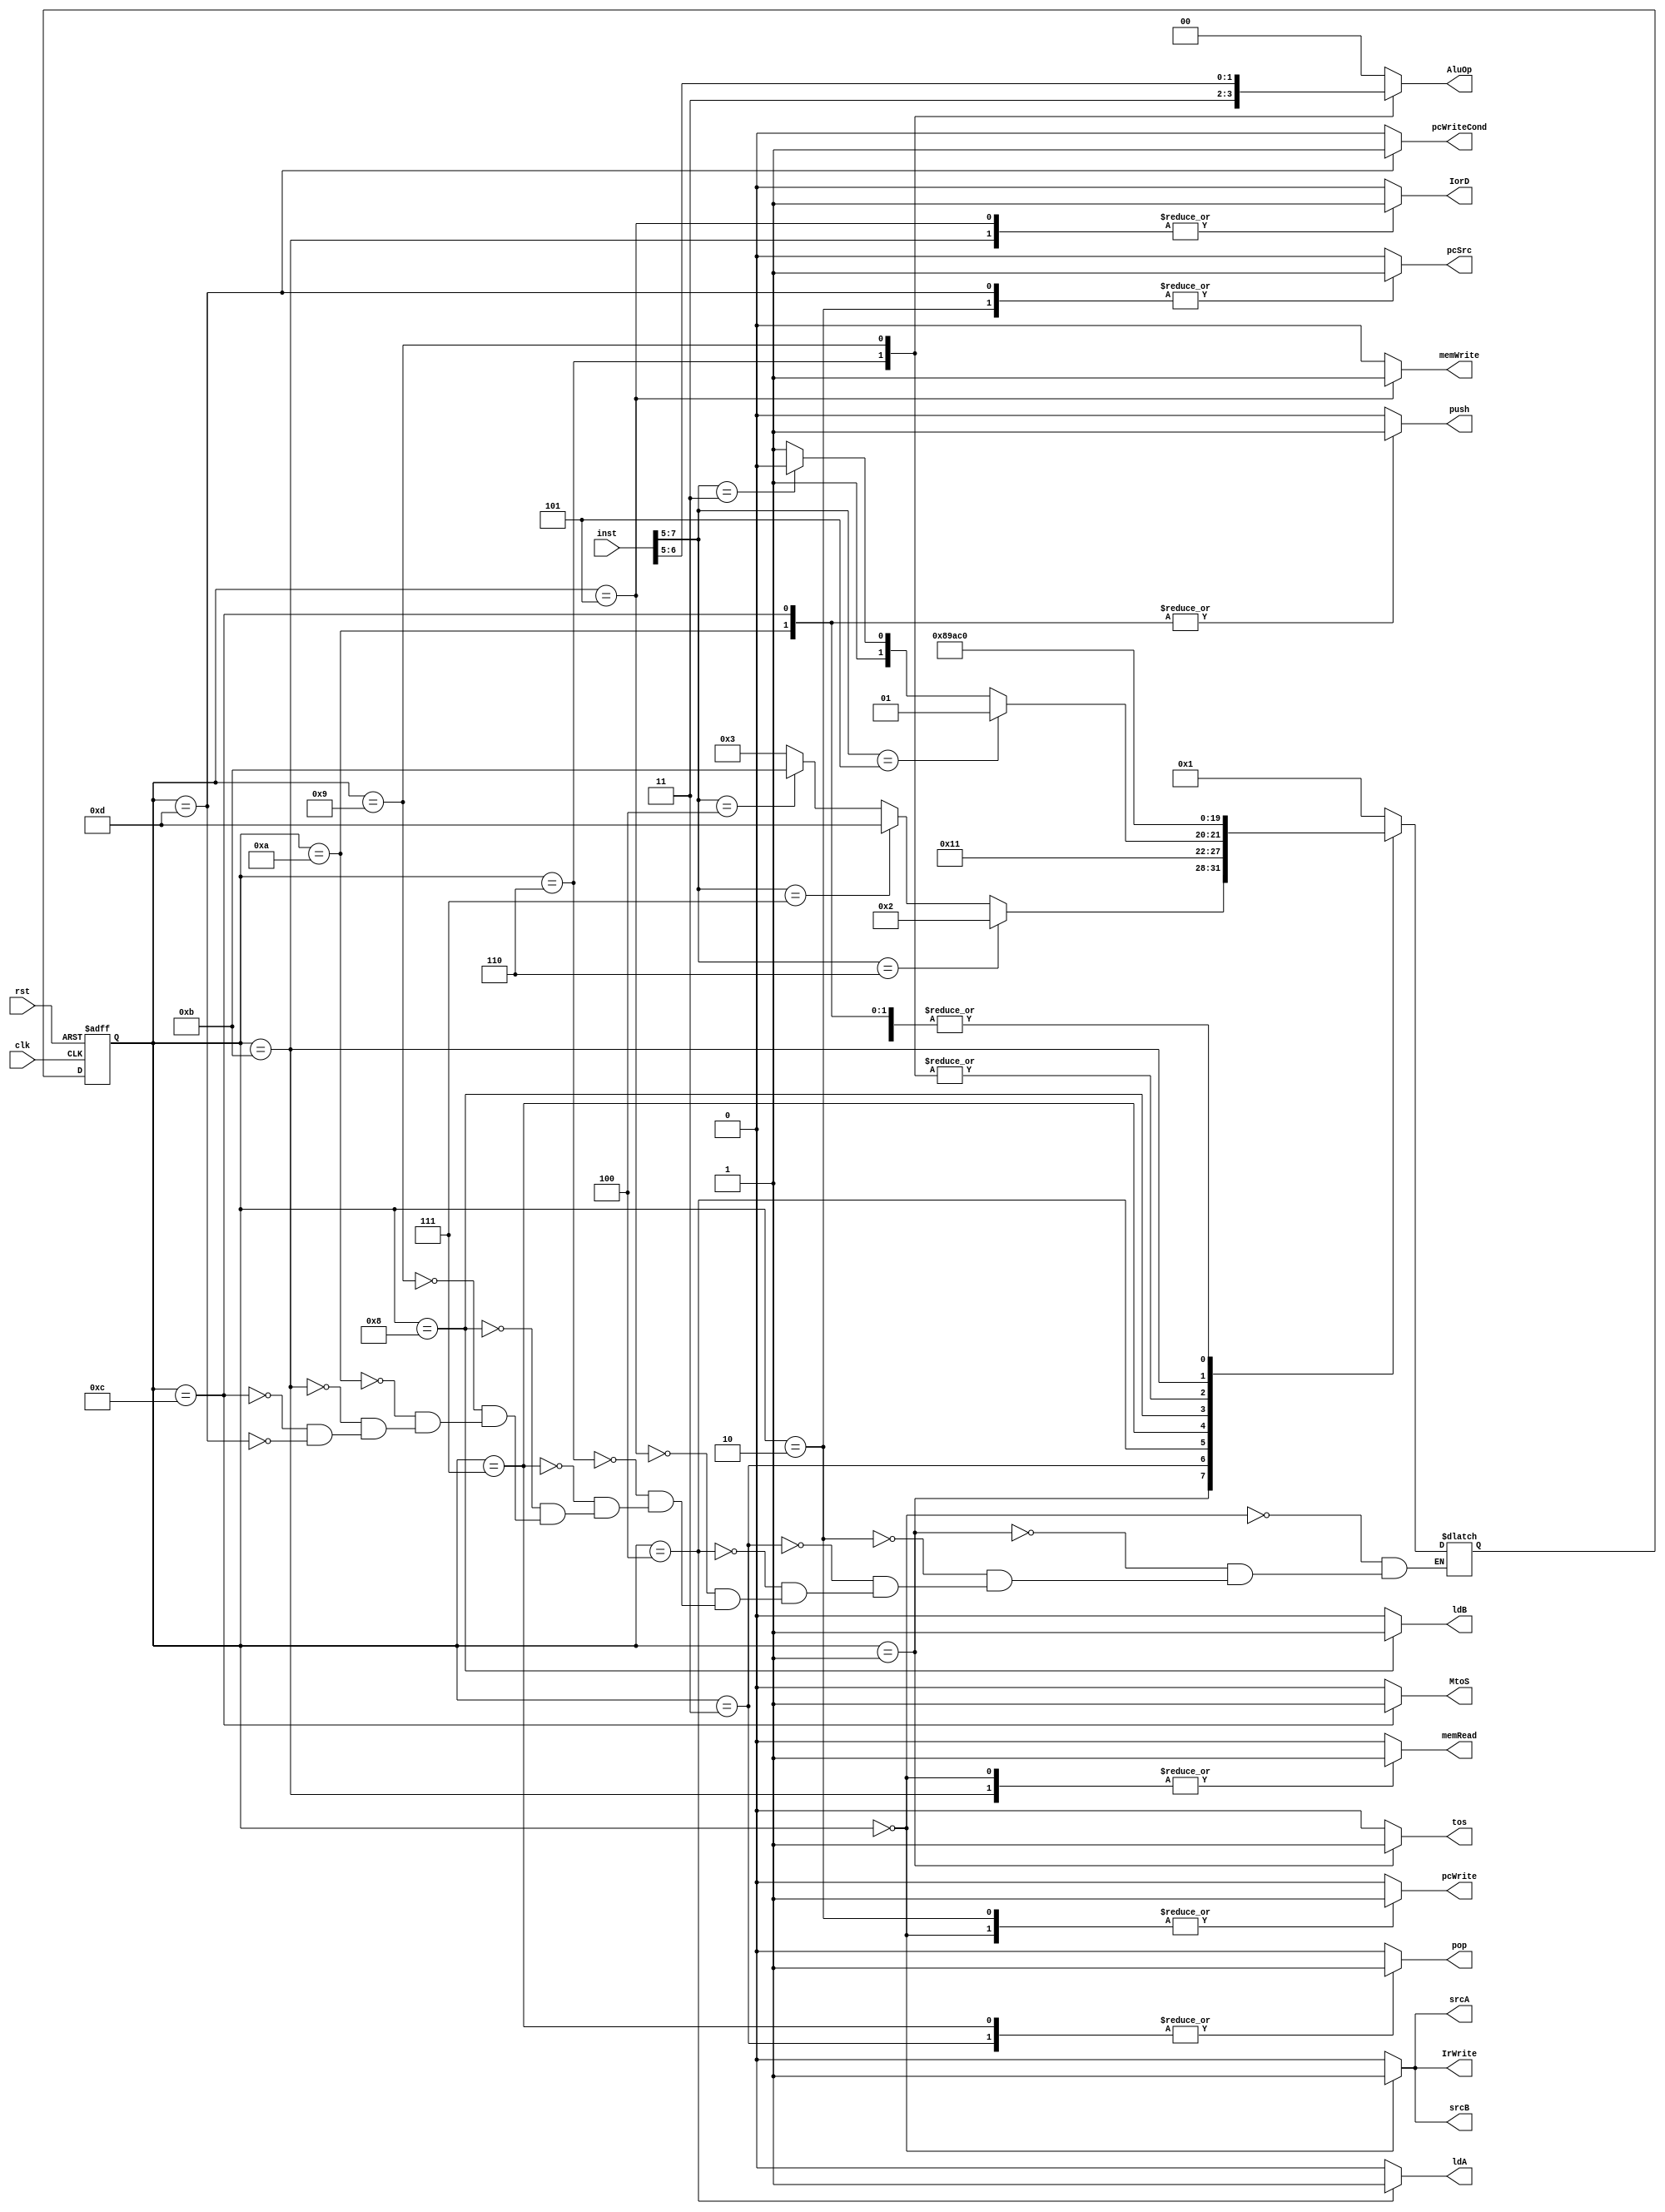
`timescale 1ns/1ns
module control(input clk, rst, input[7:0] inst, output reg pcWrite, pcWriteCond, pcSrc, IorD, memRead, memWrite, IrWrite, MtoS, ldA, ldB, srcA, srcB, push, pop, tos, output reg [1:0] AluOp);       
reg [3:0] ns,ps;
wire [2:0] opcode;
assign opcode = inst[7:5];
always@(posedge clk, posedge rst) begin
  if (rst) ps <= 0;
  else
   ps <= ns;
end

always@(ps)
begin
  {pcWrite, pcWriteCond, pcSrc, IorD, memRead, memWrite, IrWrite, MtoS, ldA, ldB, srcA, srcB, push, pop, tos} = 0;
  AluOp <= 2'b00;
  case(ps)
    0:begin
      IorD <= 0;
      srcA <= 1;
      srcB <= 1;
      AluOp <= 2'b0;
      pcSrc <= 0;
      pcWrite <= 1;
      memRead <= 1;
      IrWrite <= 1;
    end
    
    1: begin
     tos <= 1;
    end
    
    2:begin 
      pcSrc <= 1;
      pcWrite <= 1;
    end
      
    3: begin
      pop <= 1;
    end
    
    4: begin
      ldA <= 1;
    end
    
    5: begin
      IorD <= 1;
      memWrite <= 1;
    end
    
    6: begin
      AluOp <= 2'b11;
    end
    
    7: begin
      pop <= 1;
    end
    
    8: begin
      ldB <= 1;
    end
    
    9: begin 
      AluOp <= inst[6:5];
    end
    
    10:begin
      push <= 1;
    end
    
    11: begin
      IorD <= 1;
      memRead <= 1;
    end
    
    12: begin
      MtoS <= 1;
      push <= 1;
    end
    
    13: begin
      pcWriteCond <= 1;
      pcSrc <= 1;
    end
    
  endcase
end

always@(ps,opcode)
begin
  case(ps)
    0: ns <= 1;
    1: ns <= (opcode == 3'b110) ? 2 : (opcode == 3'b111 ? 13 : (opcode == 3'b100 ? 11 : 3));
    2: ns <= 0;
    3: ns <= 4;
    4: ns <= (opcode == 3'b101) ? 5 : (opcode == 3'b011 ? 6 : 7);
    5: ns <= 0;
    6: ns <= 10;
    7: ns <= 8;
    8: ns <= 9;
    9: ns <= 10;
    10: ns <= 0;
    11: ns <= 12;
    12: ns <= 0;
    13: ns <= 0;
  endcase
end
endmodule